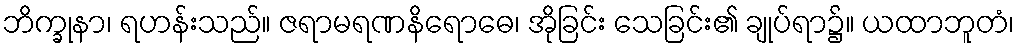
ဘိက္ခုနာ၊ ရဟန်းသည်။ ဇရာမရဏနိရောဓေ၊ အိုခြင်း သေခြင်း၏ ချုပ်ရာ၌။ ယထာဘူတံ၊